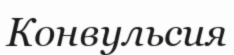
Конвульсия